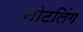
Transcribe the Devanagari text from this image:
नोटलिंग